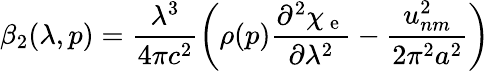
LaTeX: \beta_{2}(\lambda,p)=\frac{\lambda^{3}}{4\pi c^{2}}\left(\rho(p)\frac{\partial^{2}\chi_{\mathrm{~e~}}}{\partial\lambda^{2}}-\frac{u_{nm}^{2}}{2\pi^{2}a^{2}}\right)